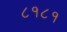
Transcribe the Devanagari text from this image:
८१८१